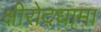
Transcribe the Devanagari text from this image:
क्षीरोदधामा